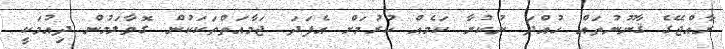
ރާއްޖޭގެ ޤާނޫނުތައް ހުއްދަ ނުކުރާ ކަމެއް ކުރުމަށް އެފަދަ ޖަމާއަތްތަކަކުން ގޮވާލަމުން ދިއުމަކީ